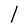
Character: l